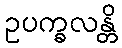
ဥပက္ခလန္တိ